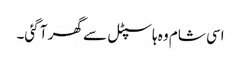
اسی شام وہ ہاسپٹل سے گھر آ گئی۔